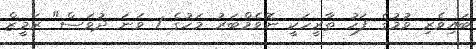
ބައިވެރި ވުމުގެ ފަހު ތާރީހަކީ ނޮވެމްބަރު މަހުގެ 1 ވަނަ ދުވަސް" ރަމީޒް